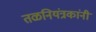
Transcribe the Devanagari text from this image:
तळनियंत्रकांनी